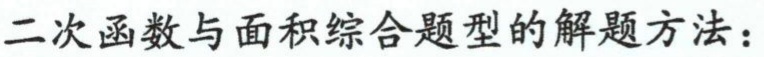
二次函数与面积综合题型的解题方法：